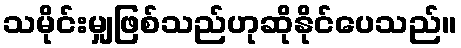
သမိုင်းမျှဖြစ်သည်ဟုဆိုနိုင်ပေသည်။